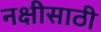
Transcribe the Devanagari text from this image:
नक्षीसाठी